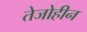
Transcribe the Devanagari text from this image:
तेजोहीन